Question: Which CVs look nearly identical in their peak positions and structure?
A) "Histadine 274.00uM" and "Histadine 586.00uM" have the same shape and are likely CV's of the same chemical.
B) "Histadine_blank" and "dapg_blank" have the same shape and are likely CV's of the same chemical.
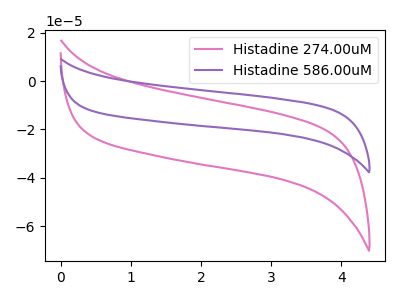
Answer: <think>The pink curve "Histadine 274.00uM" has no peaks. The purple curve "Histadine 586.00uM" has no peaks.
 Neither "Histadine 274.00uM" or "Histadine 586.00uM" have any peaks.</think>
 <answer>A) "Histadine 274.00uM" and "Histadine 586.00uM" have the same shape and are likely CV's of the same chemical.</answer>
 <eval>A</eval>